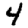
Digit: 4